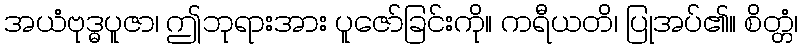
အယံဗုဒ္ဓပူဇာ၊ ဤဘုရားအား ပူဇော်ခြင်းကို။ ကရီယတိ၊ ပြုအပ်၏။ စိတ္တံ၊